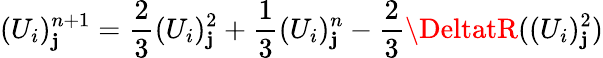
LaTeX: (U_{i})_{\mathbf{j}}^{n+1}=\frac{{2}}{{3}}(U_{i})_{\mathbf{j}}^{2}+\frac{{1}}{{3}}(U_{i})_{\mathbf{j}}^{n}-\frac{{2}}{{3}}\DeltatR((U_{i})_{\mathbf{j}}^{2})